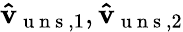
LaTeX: \mathbf{\hat{v}}_{\mathrm{~u~n~s~},1},\mathbf{\hat{v}}_{\mathrm{~u~n~s~},2}